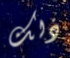
ذلك